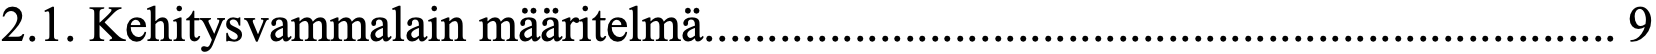
2.1. Kehitysvammalain määritelmä......................................................................... 9